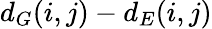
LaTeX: d_{G}(i,j)-d_{E}(i,j)